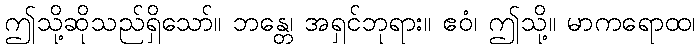
ဤသို့ဆိုသည်ရှိသော်။ ဘန္တေ၊ အရှင်ဘုရား။ ဧဝံ၊ ဤသို့။ မာကရောထ၊